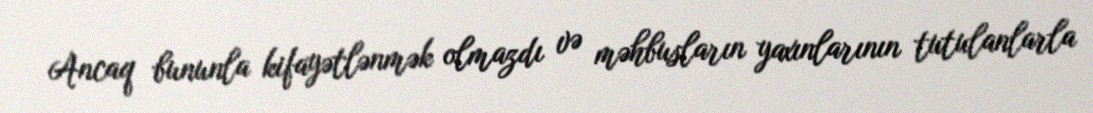
Ancaq bununla kifayətlənmək olmazdı və məhbusların yaxınlarının tutulanlarla